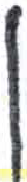
אות: ן